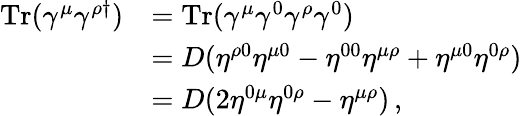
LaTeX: \begin{array}{rl}{\mathrm{Tr}(\gamma^{\mu}\gamma^{\rho\dagger})}&{=\mathrm{Tr}(\gamma^{\mu}\gamma^{0}\gamma^{\rho}\gamma^{0})}\\ &{=D(\eta^{\rho 0}\eta^{\mu 0}-\eta^{00}\eta^{\mu\rho}+\eta^{\mu 0}\eta^{0\rho})}\\ &{=D(2\eta^{0\mu}\eta^{0\rho}-\eta^{\mu\rho})\, ,}\end{array}